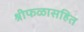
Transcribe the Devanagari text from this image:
श्रीफळासहित